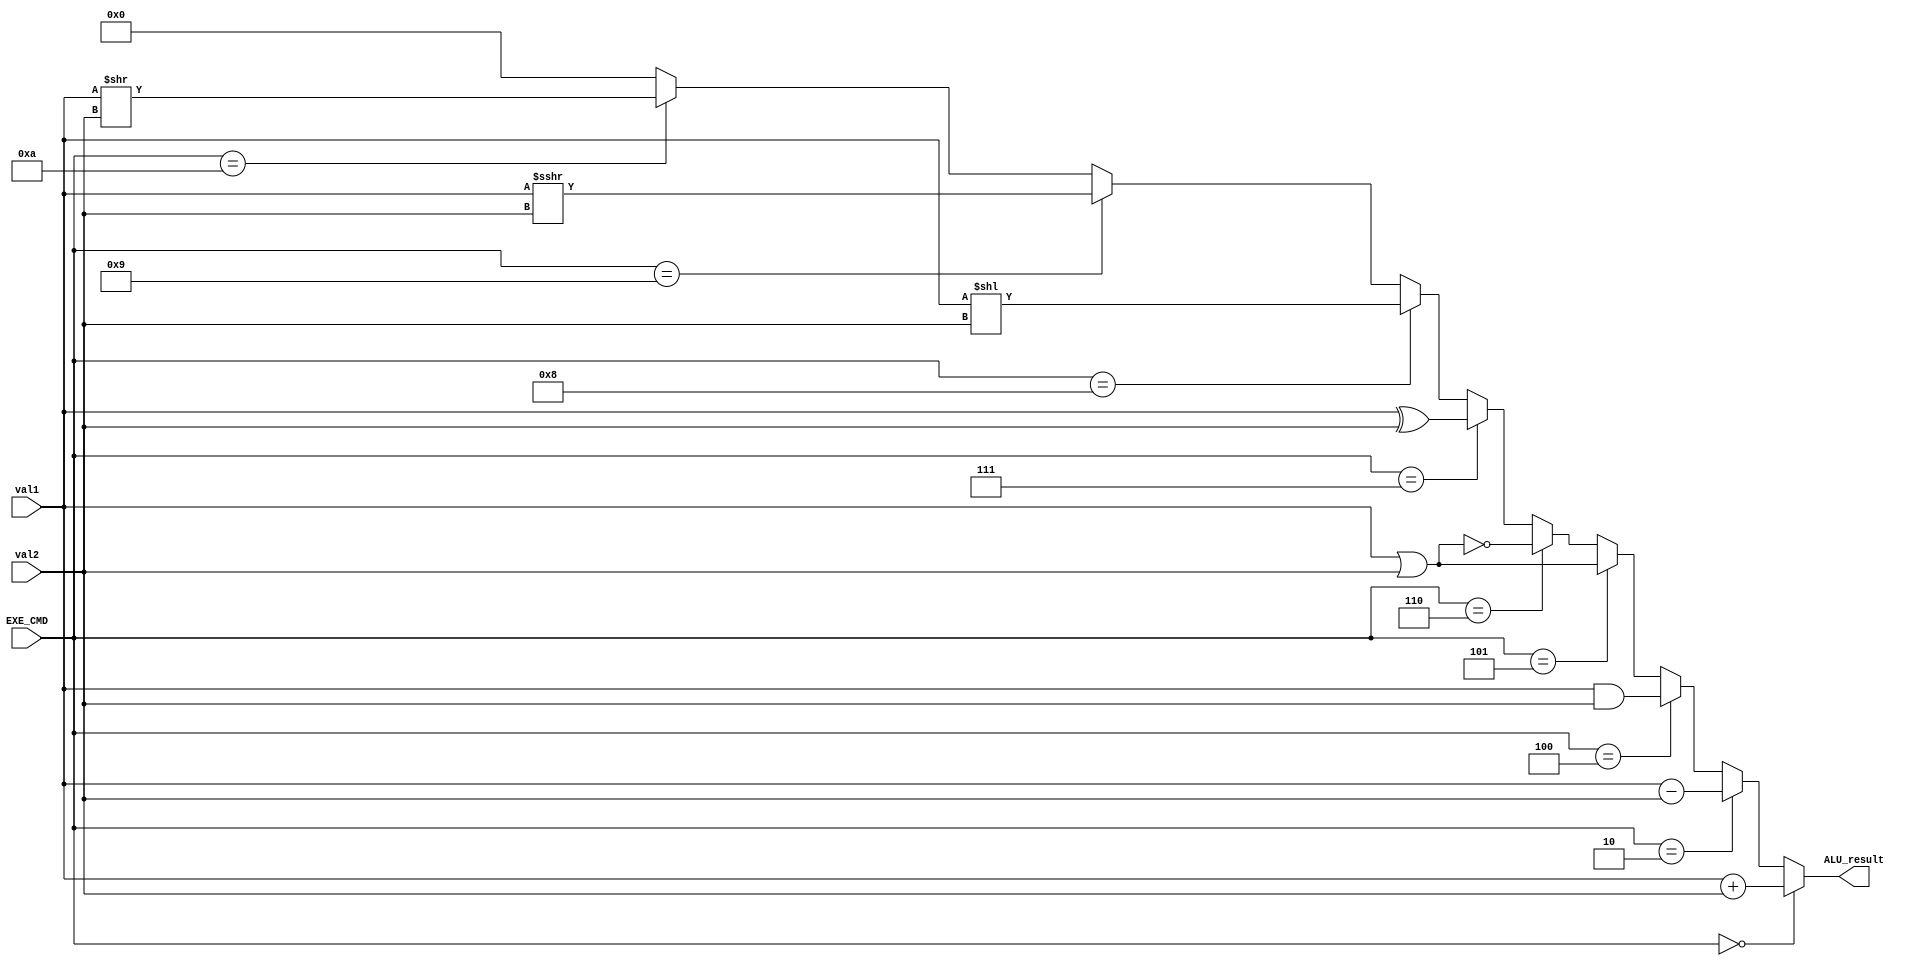
module ALU (
        input [31:0] val1,
        input [31:0] val2,
        input [3:0] EXE_CMD,
        output [31:0] ALU_result
    );

    parameter ADD = 4'd0, SUB = 4'd2, AND = 4'd4, OR = 4'd5, NOR = 4'd6,
    XOR = 4'd7, SHIFT_LEFT = 4'd8, SHIFT_ART = 4'd9, SHIFT_LOG = 4'd10;

    assign ALU_result = (EXE_CMD == ADD)? val1 + val2:
                    (EXE_CMD == SUB)? val1 - val2:
                    (EXE_CMD == AND)? val1 & val2:
                    (EXE_CMD == OR)? val1 | val2:
                    (EXE_CMD == NOR)? ~(val1 | val2):
                    (EXE_CMD == XOR)? val1 ^ val2:
                    (EXE_CMD == SHIFT_LEFT)? val1 << val2:
                    (EXE_CMD == SHIFT_ART)? val1 >>> val2:
                    (EXE_CMD == SHIFT_LOG)? val1 >> val2: 0;

endmodule // ALU